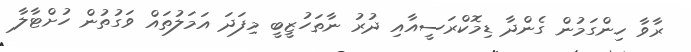
ރާވާ ހިންގަމުން ގެންދާ ޑިމޮކްރަސީއާއި ދުރު ނާތަހުޒީބީ މިފަދަ އަމަލުތައް ވަގުތުން ހުށްޓާލާ